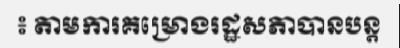
៖ តាមការគម្រោងរដ្ឋសភាបានបន្ត